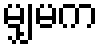
မျှမက